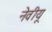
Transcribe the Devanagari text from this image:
नेवीयू